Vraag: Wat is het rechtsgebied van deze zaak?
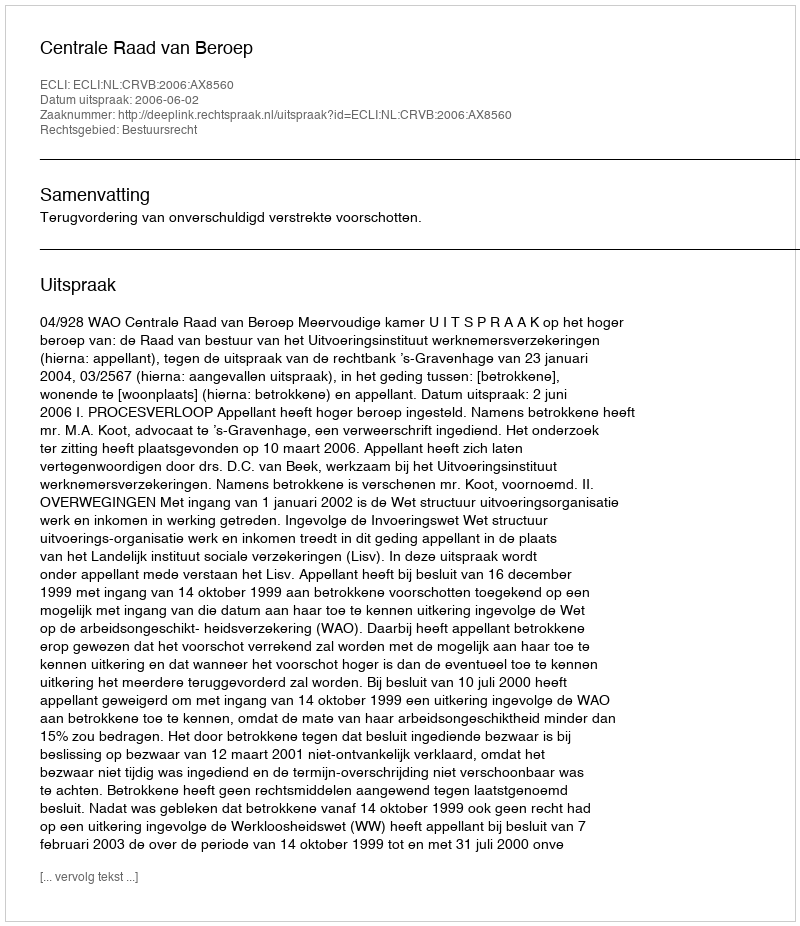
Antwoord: Bestuursrecht